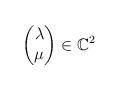
LaTeX: \begin{align*}\begin{pmatrix}\lambda\\ \mu\end{pmatrix}\in\mathbb{C}^2\end{align*}